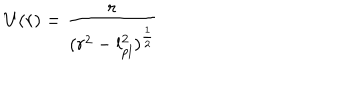
LaTeX: U ( r ) = { \frac { r } { ( r ^ { 2 } - l _ { p l } ^ { 2 } ) ^ { \frac { 1 } { 2 } } } }